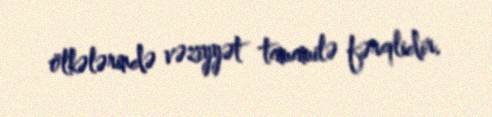
ölkələrində vəziyyət tamamilə fərqlidir.